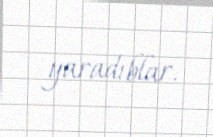
yaradıblar.